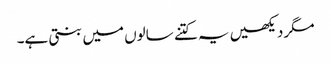
مگر دیکھیں یہ کتنے سالوں میں بنتی ہے۔